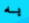
به